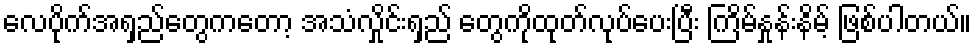
လေပိုက်အရှည်တွေကတော့ အသံလှိုင်းရှည် တွေကိုထုတ်လုပ်ပေးပြီး ကြိမ်နှုန်းနိမ့် ဖြစ်ပါတယ်။